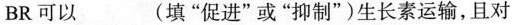
BR可以___(填”促进”或”抑制”)生长素运输，且对